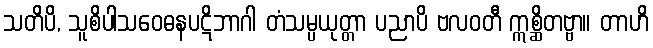
သတိပိ, သူစိပါသဝေဓနပဋိဘာဂါ တံသမ္ပယုတ္တာ ပညာပိ ဗလဝတီ ဣစ္ဆိတဗ္ဗာ။ တာဟိ